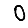
Digit: 0